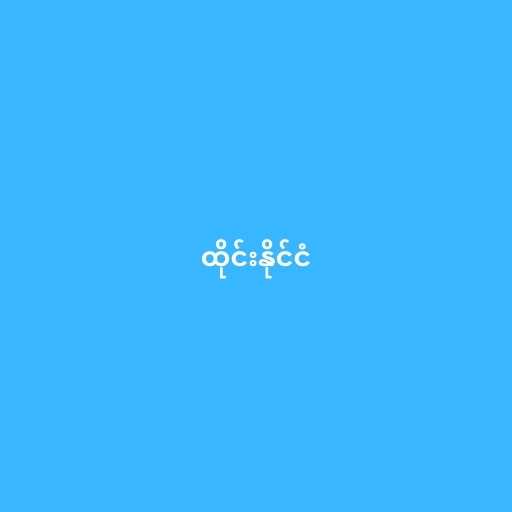
ထိုင်းနိုင်ငံ